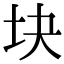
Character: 块